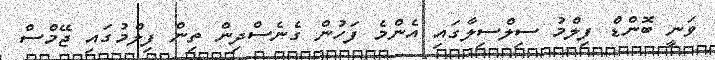
ވަނީ ބޮންޑް ފިލްމު ސިލްސިލާގައި އެންމެ ފަހުން ގެނެސްދިން ތިން ފިލްމުގައި ޖޭމްސް